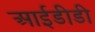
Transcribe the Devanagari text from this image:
आईडीडी